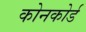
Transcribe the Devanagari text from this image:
कोनकोर्ड